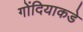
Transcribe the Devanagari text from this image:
गोंदियाकडे